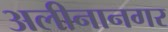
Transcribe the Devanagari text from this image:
अलीनानगर